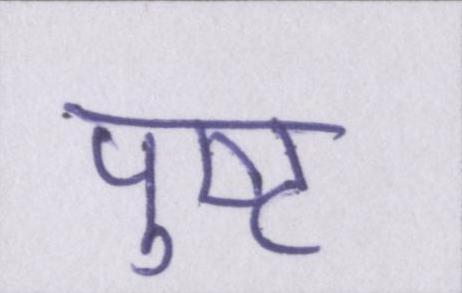
पुष्ट